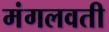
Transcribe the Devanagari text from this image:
मंगलवती